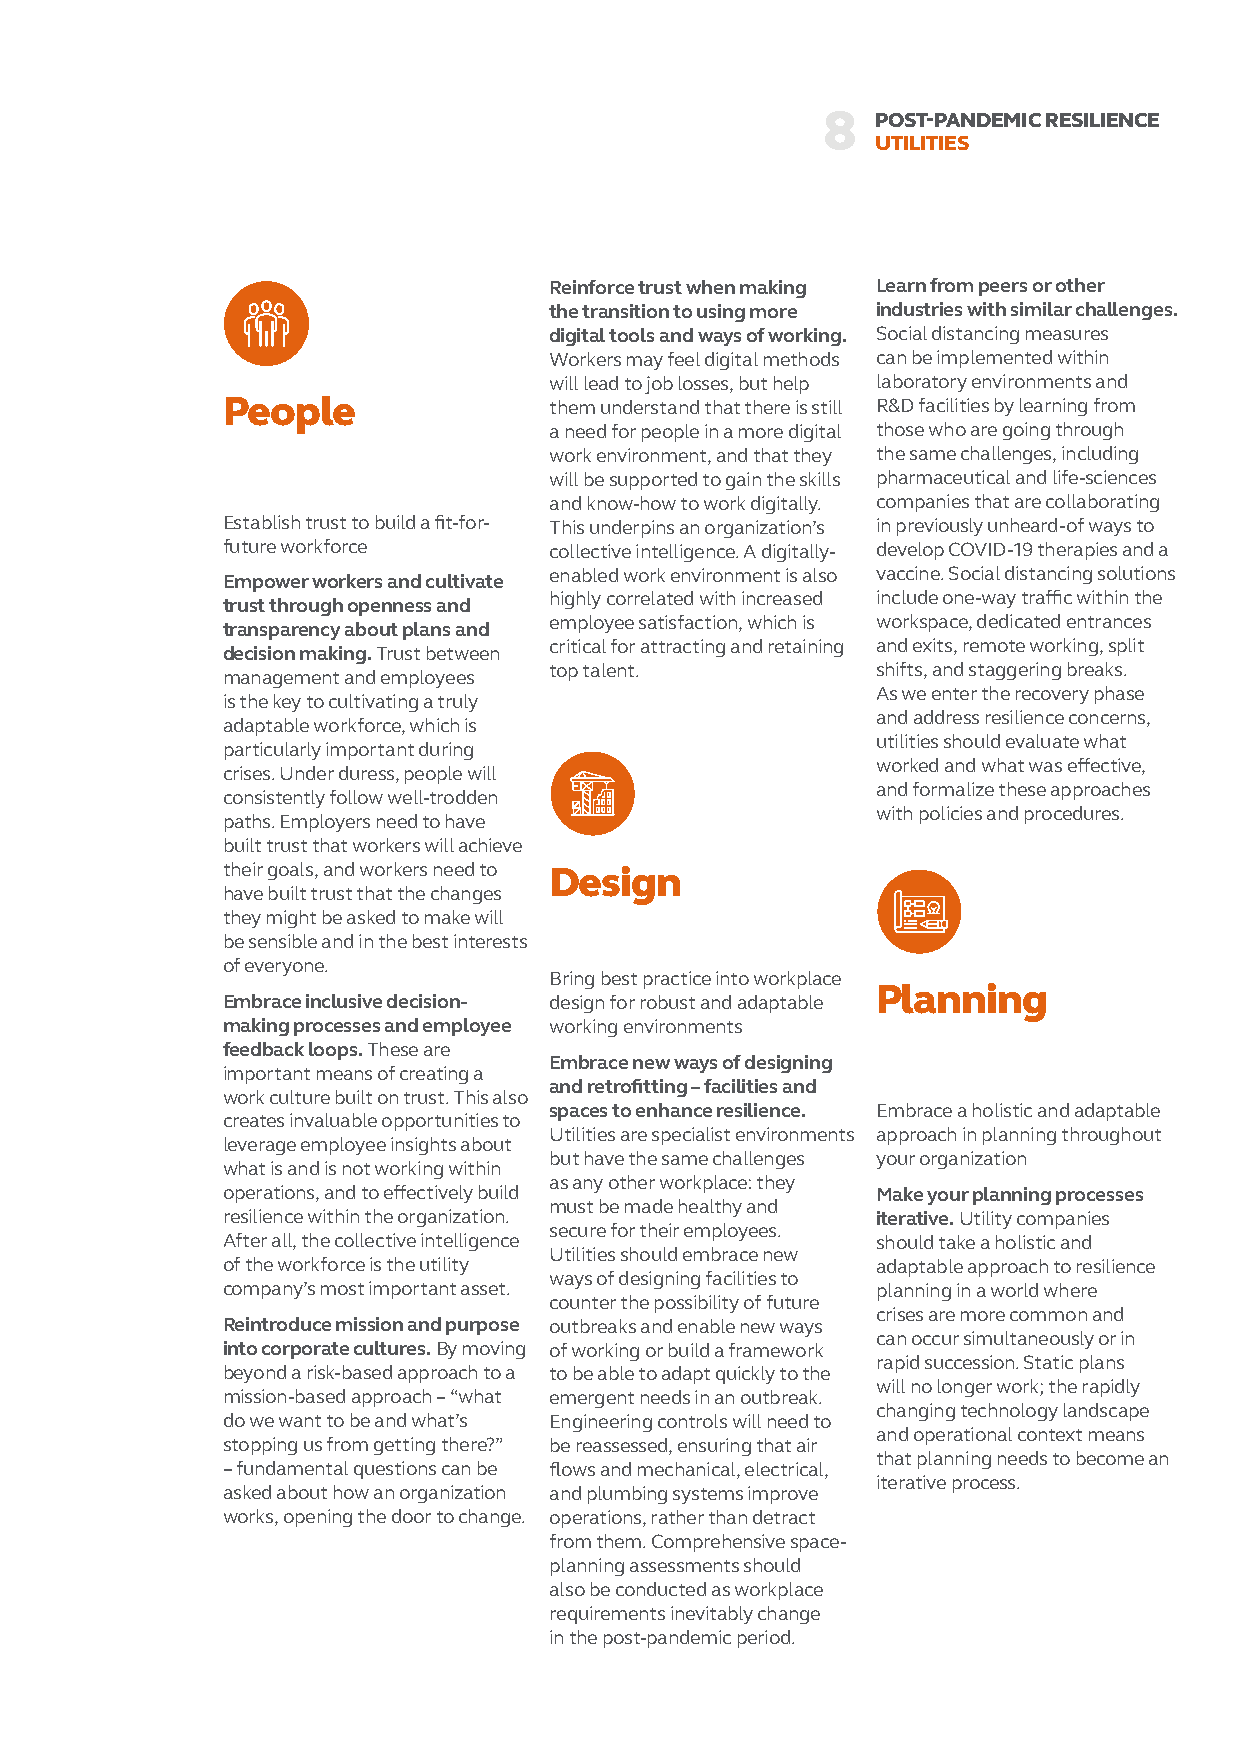
8  POST-PANDEMIC RESILIENCE
 UTILITIES
 Reinforce trust when making Learn from peers or other
 the transition to using more industries with similar challenges.
 digital tools and ways of working. Social distancing measures
 Workers may feel digital methods can be implemented within
 will lead to job losses, but help laboratory environments and
 People               them understand that there is still R&D facilities by learning from
 a need for people in a more digital those who are going through
 work environment, and that they the same challenges, including
 will be supported to gain the skills pharmaceutical and life-sciences
 and know-how to work digitally. companies that are collaborating
 Establish trust to build a fit-for- This underpins an organization’s in previously unheard-of ways to
 future workforce     collective intelligence. A digitally- develop COVID-19 therapies and a
 enabled work environment is also vaccine. Social distancing solutions
 Empower workers and cultivate
 highly correlated with increased include one-way traffic within the
 trust through openness and
 employee satisfaction, which is workspace, dedicated entrances
 transparency about plans and
 critical for attracting and retaining and exits, remote working, split
 decision making. Trust between
 top talent.           shifts, and staggering breaks.
 management and employees
 As we enter the recovery phase
 is the key to cultivating a truly
 and address resilience concerns,
 adaptable workforce, which is
 utilities should evaluate what
 particularly important during
 worked and what was effective,
 crises. Under duress, people will
 and formalize these approaches
 consistently follow well-trodden
 with policies and procedures.
 paths. Employers need to have
 built trust that workers will achieve
 their goals, and workers need to Design
 have built trust that the changes
 they might be asked to make will
 be sensible and in the best interests
 of everyone.
 Bring best practice into workplace
 Planning
 Embrace inclusive decision- design for robust and adaptable
 making processes and employee working environments
 feedback loops. These are
 Embrace new ways of designing
 important means of creating a
 and retrofitting – facilities and
 work culture built on trust. This also
 spaces to enhance resilience. Embrace a holistic and adaptable
 creates invaluable opportunities to
 Utilities are specialist environments approach in planning throughout
 leverage employee insights about
 but have the same challenges your organization
 what is and is not working within
 as any other workplace: they
 operations, and to effectively build       Make your planning processes
 must be made healthy and
 resilience within the organization.        iterative. Utility companies
 secure for their employees.
 After all, the collective intelligence     should take a holistic and
 Utilities should embrace new
 of the workforce is the utility            adaptable approach to resilience
 ways of designing facilities to
 company’s most important asset.            planning in a world where
 counter the possibility of future
 crises are more common and
 Reintroduce mission and purpose outbreaks and enable new ways
 can occur simultaneously or in
 into corporate cultures. By moving of working or build a framework
 rapid succession. Static plans
 beyond a risk-based approach to a to be able to adapt quickly to the
 will no longer work; the rapidly
 mission-based approach – “what emergent needs in an outbreak.
 changing technology landscape
 do we want to be and what’s Engineering controls will need to
 and operational context means
 stopping us from getting there?” be reassessed, ensuring that air
 that planning needs to become an
 – fundamental questions can be flows and mechanical, electrical,
 iterative process.
 asked about how an organization and plumbing systems improve
 works, opening the door to change. operations, rather than detract
 from them. Comprehensive space-
 planning assessments should
 also be conducted as workplace
 requirements inevitably change
 in the post-pandemic period.